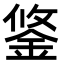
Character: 鋚